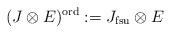
LaTeX: \begin{align*}(J\otimes E)^{\mathrm{ord}}:=J_{\mathrm{fsu}}\otimes E\end{align*}